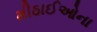
મીઠાઈઓના